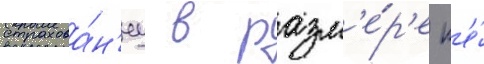
страхова́н'иу в разм'е́р'е н'е́